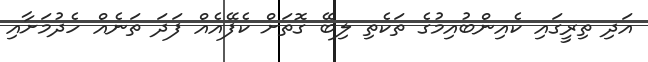
އަދި ތިރީގައި ކެއިންބުއިމުގެ ތަކެތި ލިބޭ ގޮތަށް ކެފޭއެއް ފަދަ ތަނެއް ހެދުމަށާއި